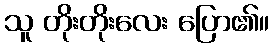
သူ တိုးတိုးလေး ပြော၏။